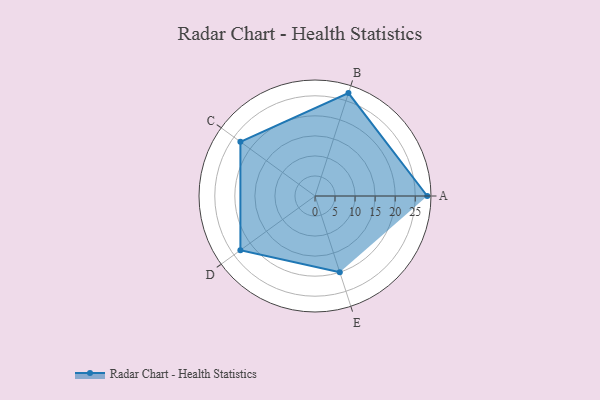
{"axis": {"x": "Skill", "y": "Score"}, "legend": ["Profile"], "data": [{"x": "A", "y": 28.0, "type": "Profile"}, {"x": "B", "y": 27.0, "type": "Profile"}, {"x": "C", "y": 23.0, "type": "Profile"}, {"x": "D", "y": 23.0, "type": "Profile"}, {"x": "E", "y": 20.0, "type": "Profile"}]}